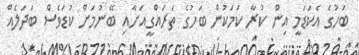
ބަހުގެ އެކަޑަމީ އިން ކުރާ ކަމަކުން ބަހުގެ ތަރައްގީއަށާއި ބޭނުމަށް ކުޑަވެސް ބަދަލެއް